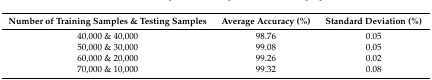
| Number of Training Samples & Testing Samples | Average Accuracy (%) | Standard Deviation (%) |
 | --- | --- | --- |
 | 40,000 & 40,000 | 98.76 | 0.05 |
 | 50,000 & 30,000 | 99.08 | 0.05 |
 | 60,000 & 20,000 | 99.26 | 0.02 |
 | 70,000 & 10,000 | 99.32 | 0.08 |